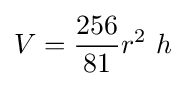
V={\frac {256}{81}}r^{2}\ h